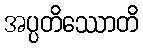
အပ္ပတိဿောတိ